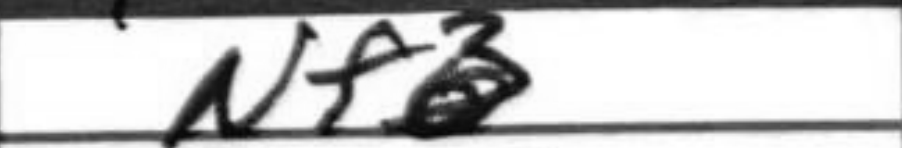
Transcription: Nf3